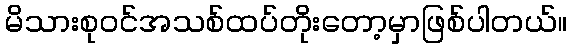
မိသားစုဝင်အသစ်ထပ်တိုးတော့မှာဖြစ်ပါတယ်။